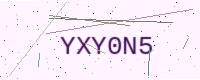
Text: YXY0N5